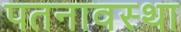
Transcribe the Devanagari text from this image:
पतनावस्था